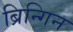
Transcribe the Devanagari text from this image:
ब्रिन्गिन